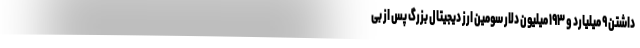
داشتن ۹ میلیارد و ۱۹۳ میلیون دلار سومین ارز دیجیتال بزرگ پس از بی